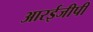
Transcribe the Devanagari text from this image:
आरईजीपी